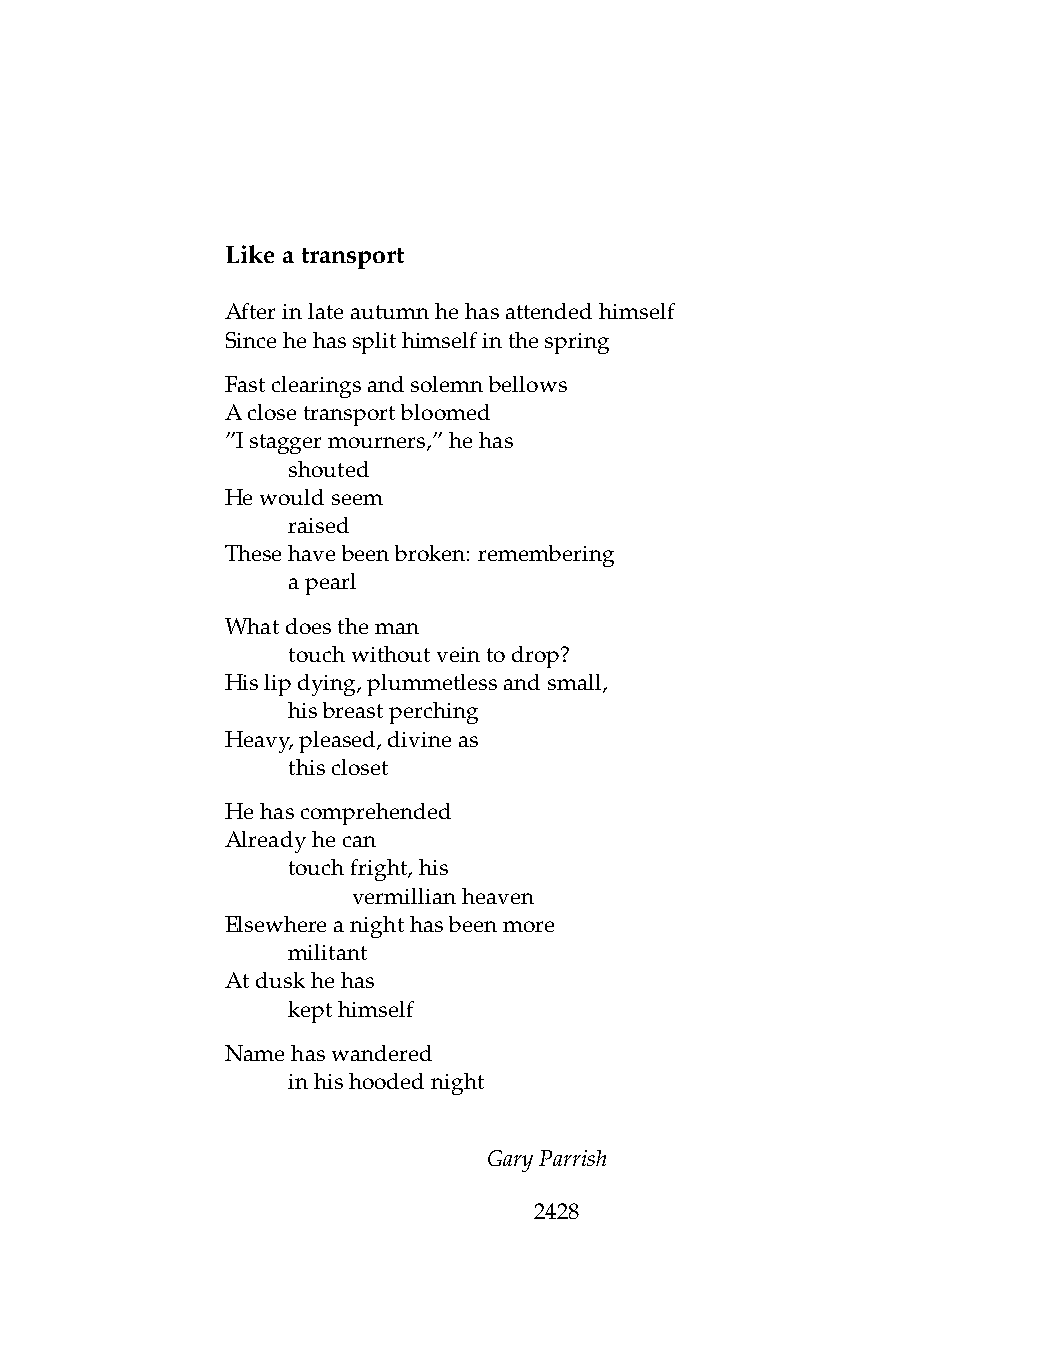
Likeatransport
 Afterinlateautumnhehasattendedhimself
 Sincehehassplithimselfinthespring
 Fastclearingsandsolemnbellows
 Aclosetransportbloomed
 ”Istaggermourners,”hehas
 .   shouted
 Hewouldseem
 .   raised
 Thesehavebeenbroken: remembering
 .   apearl
 Whatdoestheman
 .   touchwithoutveintodrop?
 Hislipdying,plummetlessandsmall,
 .   hisbreastperching
 Heavy,pleased,divineas
 .   thiscloset
 Hehascomprehended
 Alreadyhecan
 .   touchfright,his
 .   .   vermillianheaven
 Elsewhereanighthasbeenmore
 .   militant
 Atduskhehas
 .   kepthimself
 Namehaswandered
 .   inhishoodednight
 GaryParrish
 2428